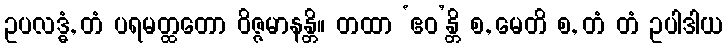
ဥပလဒ္ဓံ, တံ ပရမတ္ထတော ဝိဇ္ဇမာနန္တိ။ တထာ ‘ဧဝ’န္တိ စ, မေတိ စ, တံ တံ ဥပါဒါယ